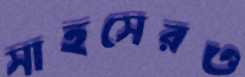
সাহসেরও